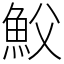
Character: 𩵹